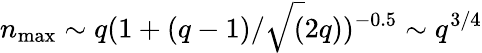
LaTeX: n_{\mathrm{max}}\sim q(1+(q-1)/\sqrt(2q))^{-0.5}\sim q^{3/4}